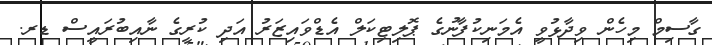
ގާސިމް މިހެން ވިދާޅުވީ އެމަނިކުފާނުގެ ޕޮލިޓިކަލް އެޑްވައިޒަރު އަދި ކުރީގެ ނާއިބުރައީސް ޑރ.